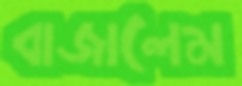
বাজালেম